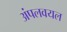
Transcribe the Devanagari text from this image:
अंपलवयल